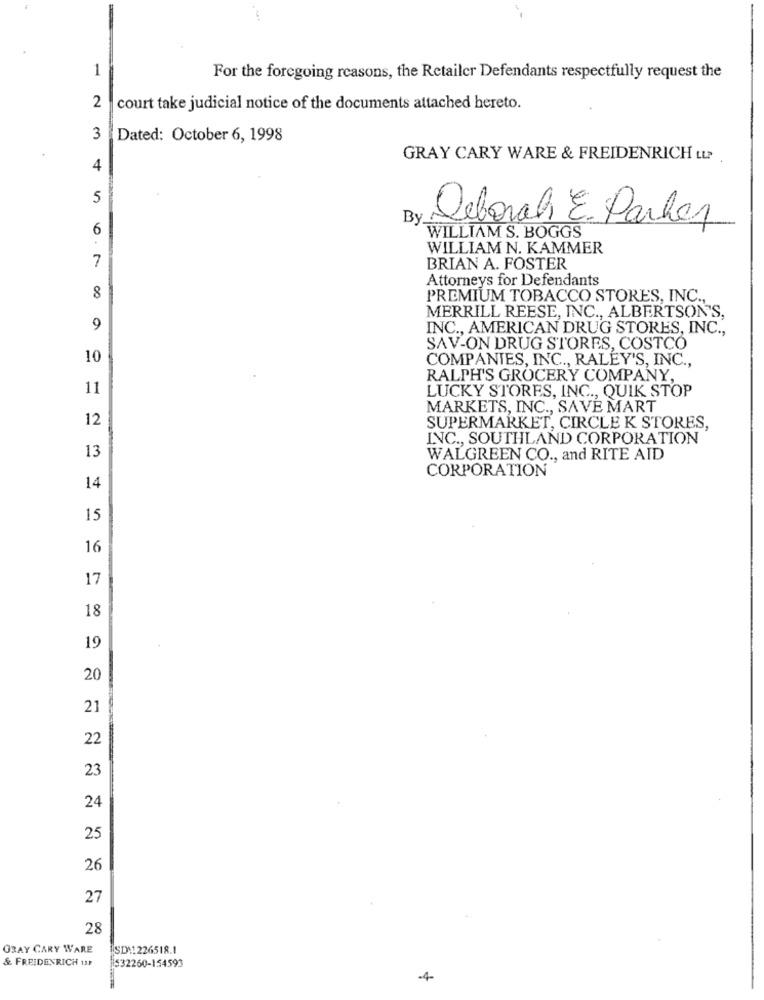
1
For the foregoing reasons, the Retailer Defendants respectfully request the
2
court take judicial notice of the documents attached hereto.
3
Dated: October 6, 1998
GRAY CARY WARE & FREIDENRICH LLP
4
5
Deborah E. Parler
6
By-
WILLIAM S. BOGGS
WILLIAM N. KAMMER
7
BRIAN A. FOSTER
Attorneys for Defendants
8
PREMIUM TOBACCO STORES, INC .,
MERRILL REESE, INC ., ALBERTSON'S,
9
INC ., AMERICAN DRUG STORES, INC .,
SAV-ON DRUG STORES, COSTCO
10
COMPANIES, INC ., RALEY'S, INC .,
RALPH'S GROCERY COMPANY,
11
LUCKY STORES, INC ., QUIK STOP
MARKETS, INC ., SAVE MART
12
SUPERMARKET, CIRCLE K STORES,
INC ., SOUTHLAND CORPORATION
13
WALGREEN CO ., and RITE AID
CORPORATION
14
15
16
17
18
19
20
21
22
23
24
25
26
27
28
ORAY CARY WARE
SD:1226518.1
& FREIDENRICH uIP
532260-154593
-4-